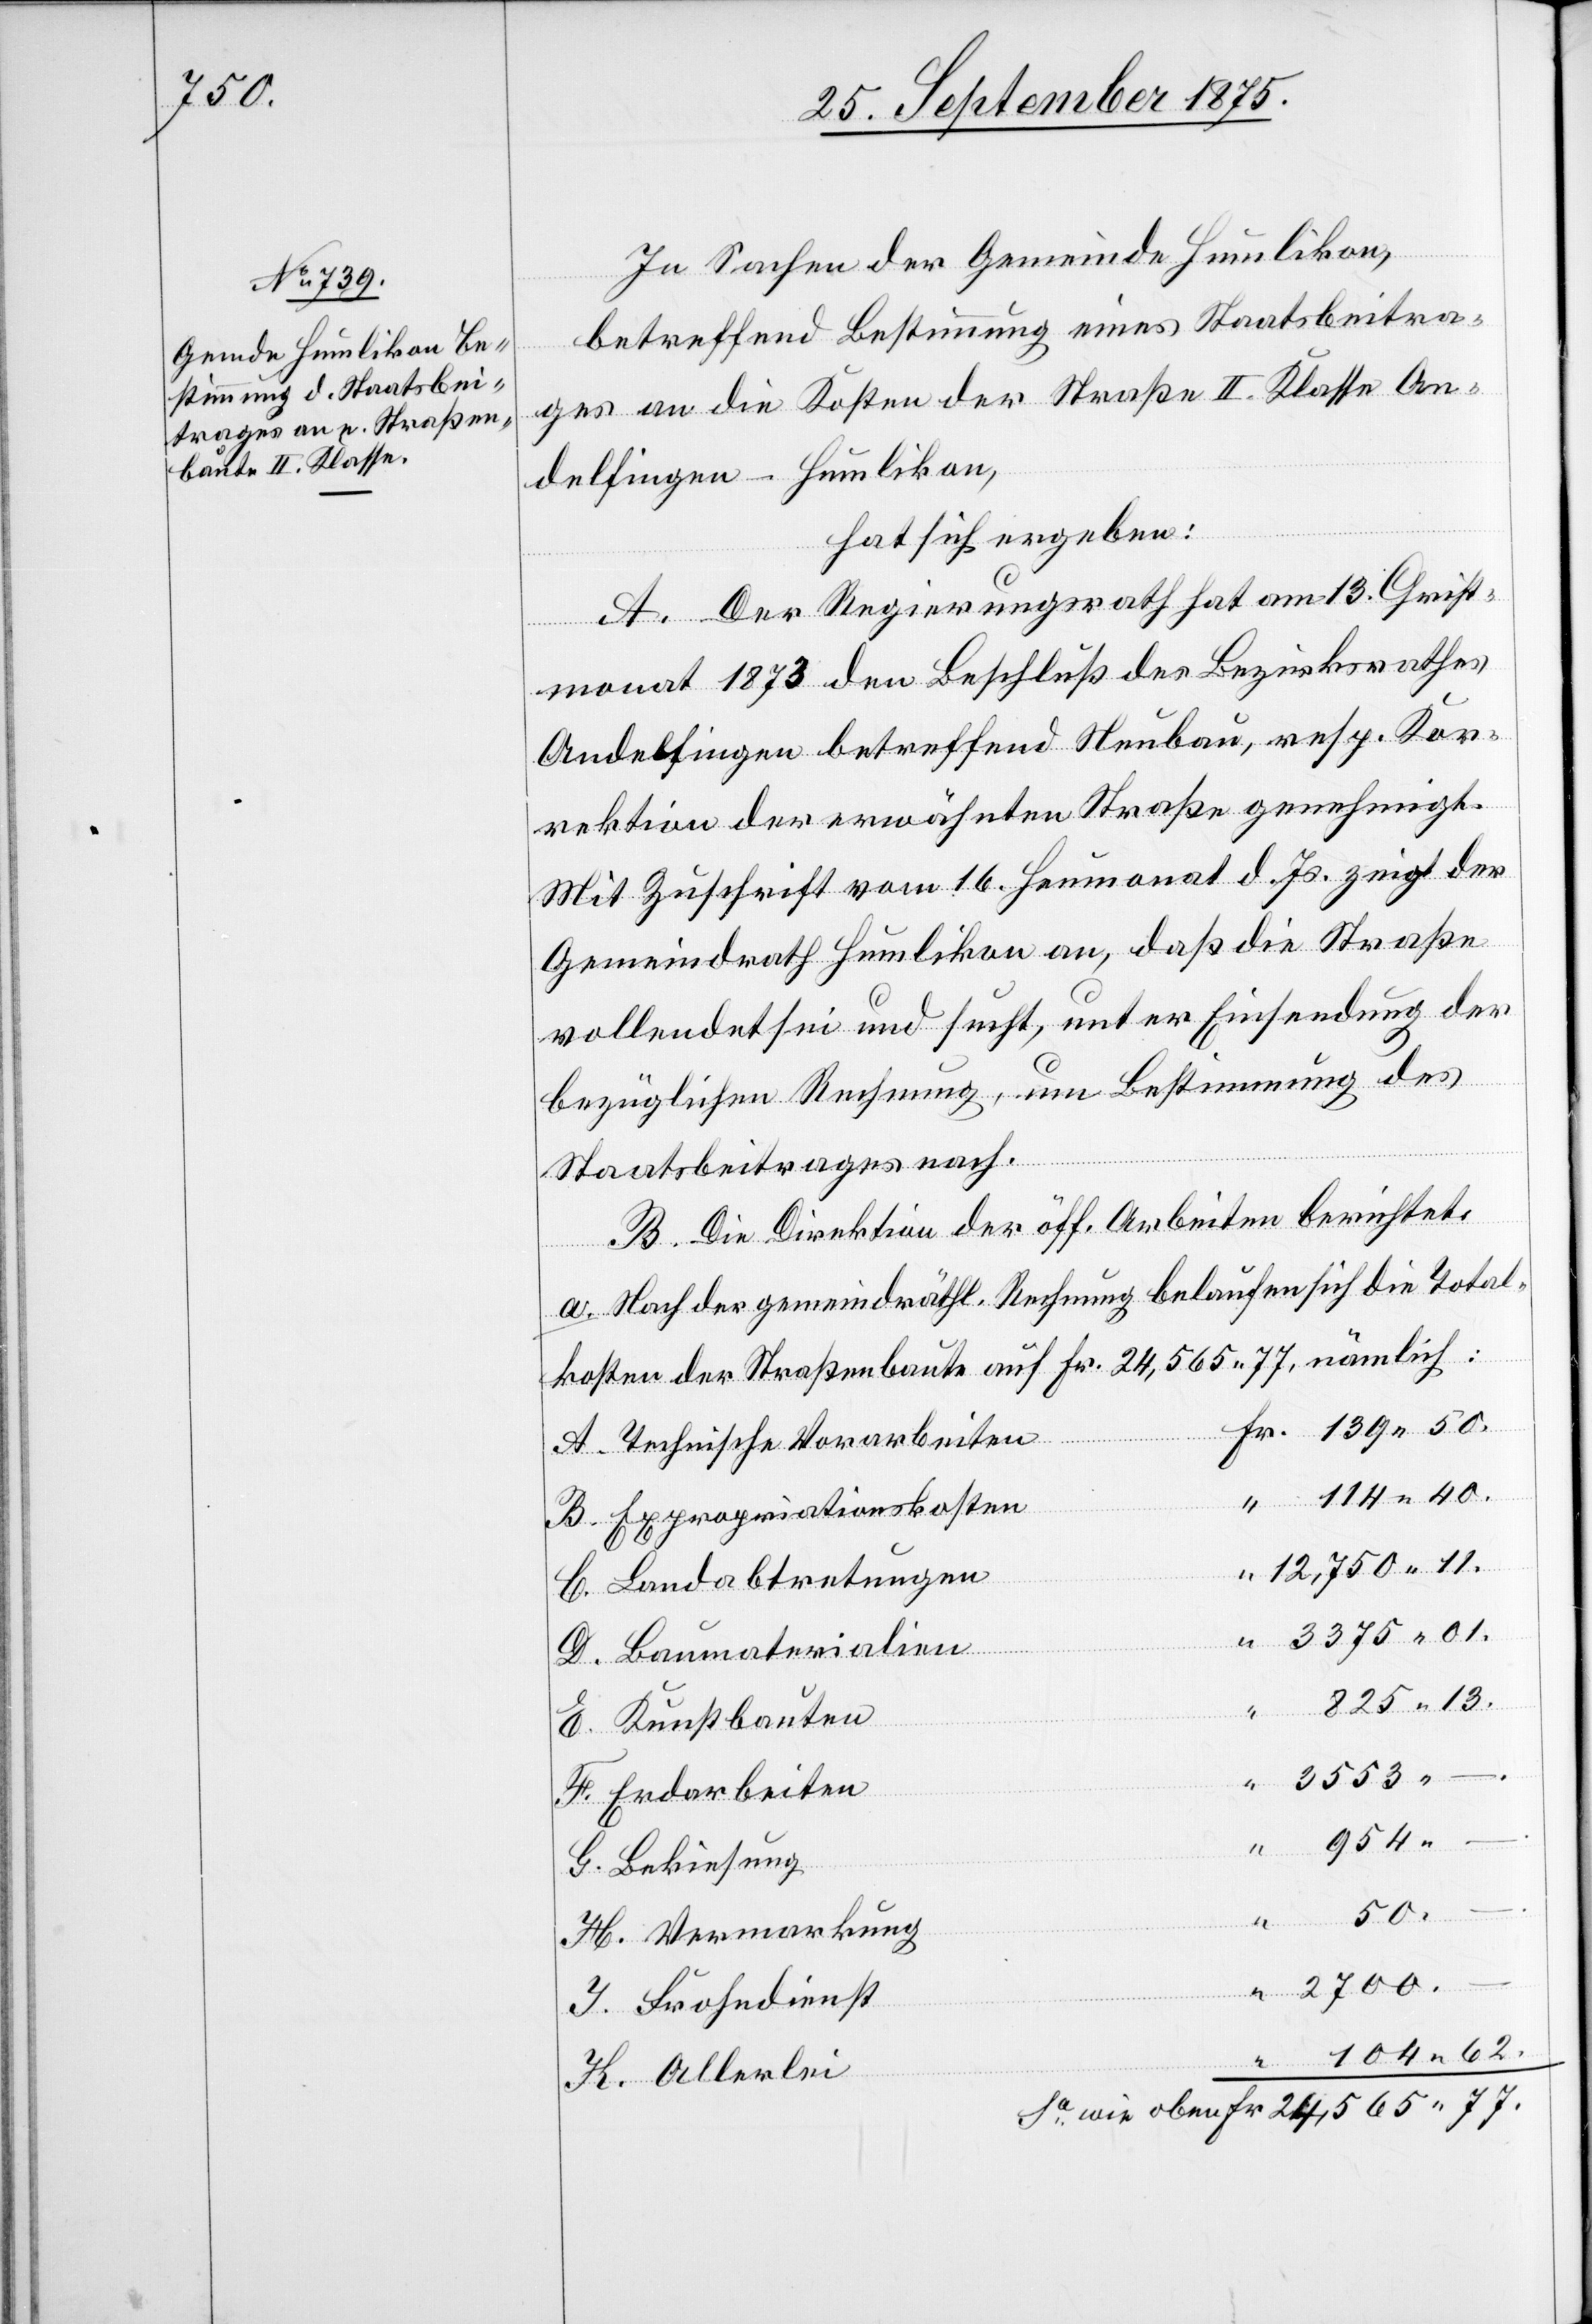
77.

In Sachen der Gemeinde Humlikon,
betreffend Bestimmung eines Staatsbeitra¬
ges an die Kosten der Straße II. Klasse An¬
delfingen–Humlikon,
hat sich ergeben:
A. Der Regierungsrath hat am 13. Christ¬
“
monat 1873 den Beschluß des Bezirksrathes
Andelfingen betreffend Neubau, resp. Kor¬
rektion der erwähnten Straße genehmigt.
Mit Zuschrift vom 16. Heumonat d. Js. zeigt der
Gemeindrath Humlikon an, daß die Straße
vollendet sei und sucht, unter Einsendung der
bezüglichen Rechnung, um Bestimmung des
Fr.
Staatsbeitrages nach.
B. Die Direktion der öff. Arbeiten berichtet:
a. Nach der gemeindräthl. Rechnung belaufen sich die Total¬
kosten der Straßenbaute auf Fr. 24,565 77, nämlich:
Technische Vorarbeiten
114 40.
Expropriationskosten
12,750 11.
3375 01.
Baumaterialien
825 13.
btretungen
H.
Erdarbeiten
50
Vermarkung
“
2700
–.
104 62.